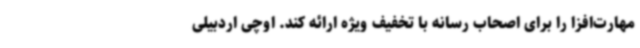
مهارت‌افزا را برای اصحاب رسانه با تخفیف ویژه ارائه کند. اوچی اردبیلی